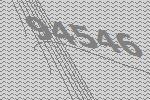
94546